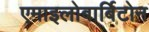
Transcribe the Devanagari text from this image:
एमाइलोबार्बिटोन